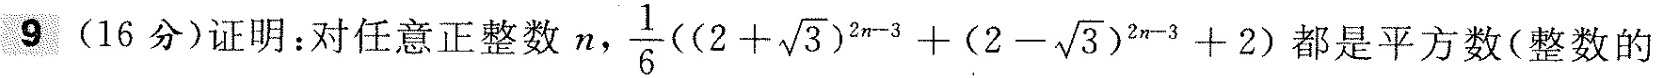
9(16分)证明：对任意正整数n,$$\frac { 1 } { 6 } ( ( 2 + \sqrt { 3 } ) ^ { 2 n - 3 } + ( 2 - \sqrt { 3 } ) ^ { 2 n - 3 } + 2 )$$都是平方数(整数的